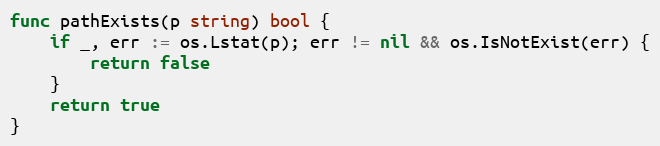
Language: Go
func pathExists(p string) bool {
	if _, err := os.Lstat(p); err != nil && os.IsNotExist(err) {
		return false
	}
	return true
}